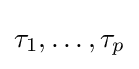
\tau _{1},\dots ,\tau _{p}